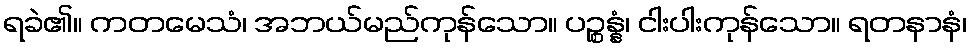
ရခဲ၏။ ကတမေသံ၊ အဘယ်မည်ကုန်သော။ ပဉ္စန္နံ၊ ငါးပါးကုန်သော။ ရတနာနံ၊